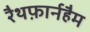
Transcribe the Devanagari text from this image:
रैथफ़ार्नहैम